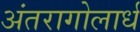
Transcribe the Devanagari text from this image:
अंतरागोलार्ध